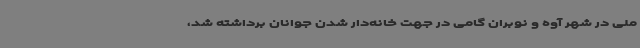
ملی در شهر آوه و نوبران گامی در جهت خانه‌دار شدن جوانان برداشته شد،